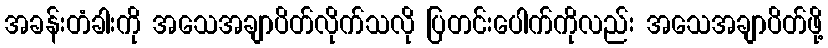
အခန်းတံခါးကို အသေအချာပိတ်လိုက်သလို ပြတင်းပေါက်ကိုလည်း အသေအချာပိတ်ဖို့